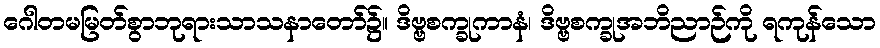
ဂေါတမမြတ်စွာဘုရားသာသနာတော်၌။ ဒိဗ္ဗစက္ခုကာနံ၊ ဒိဗ္ဗစက္ခုအဘိညာဉ်ကို ရကုန်သော